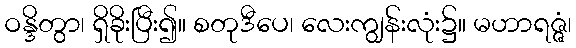
ဝန္ဒိတွာ၊ ရှိခိုးပြီး၍။ စတုဒီပေ၊ လေးကျွန်းလုံး၌။ မဟာရဇ္ဇံ၊